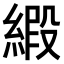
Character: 𫟁